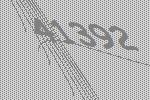
41392